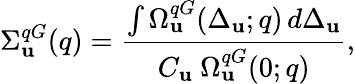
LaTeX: \Sigma_{\mathbf{u}}^{qG}(q)=\frac{{\int\Omega_{\mathbf{u}}^{qG}(\Delta_{\mathbf{u}};q)\, d\Delta_{\mathbf{u}}}}{{C_{\mathbf{u}}\ \Omega_{\mathbf{u}}^{qG}(0;q)}},